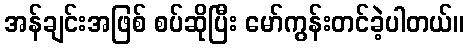
အန်ချင်းအဖြစ် စပ်ဆိုပြီး မော်ကွန်းတင်ခဲ့ပါတယ်။